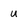
Character: u